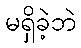
မရှိခဲ့ဘဲ